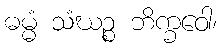
ဓမ္မံ သံဃဉ္စ ဘိက္ခဝေါ၊